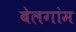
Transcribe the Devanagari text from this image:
बेलगांम